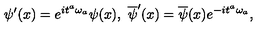
{ \psi } ^ { \prime } ( x ) = e ^ { i { t } ^ { a } { \omega } _ { a } } { \psi } ( x ) , \ \overline { { \psi } } ^ { \prime } ( x ) = \overline { { \psi } } ( x ) e ^ { - i { t } ^ { a } { \omega } _ { a } } ,